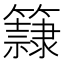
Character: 𥶾